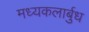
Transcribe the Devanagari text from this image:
मध्यकलार्बुध